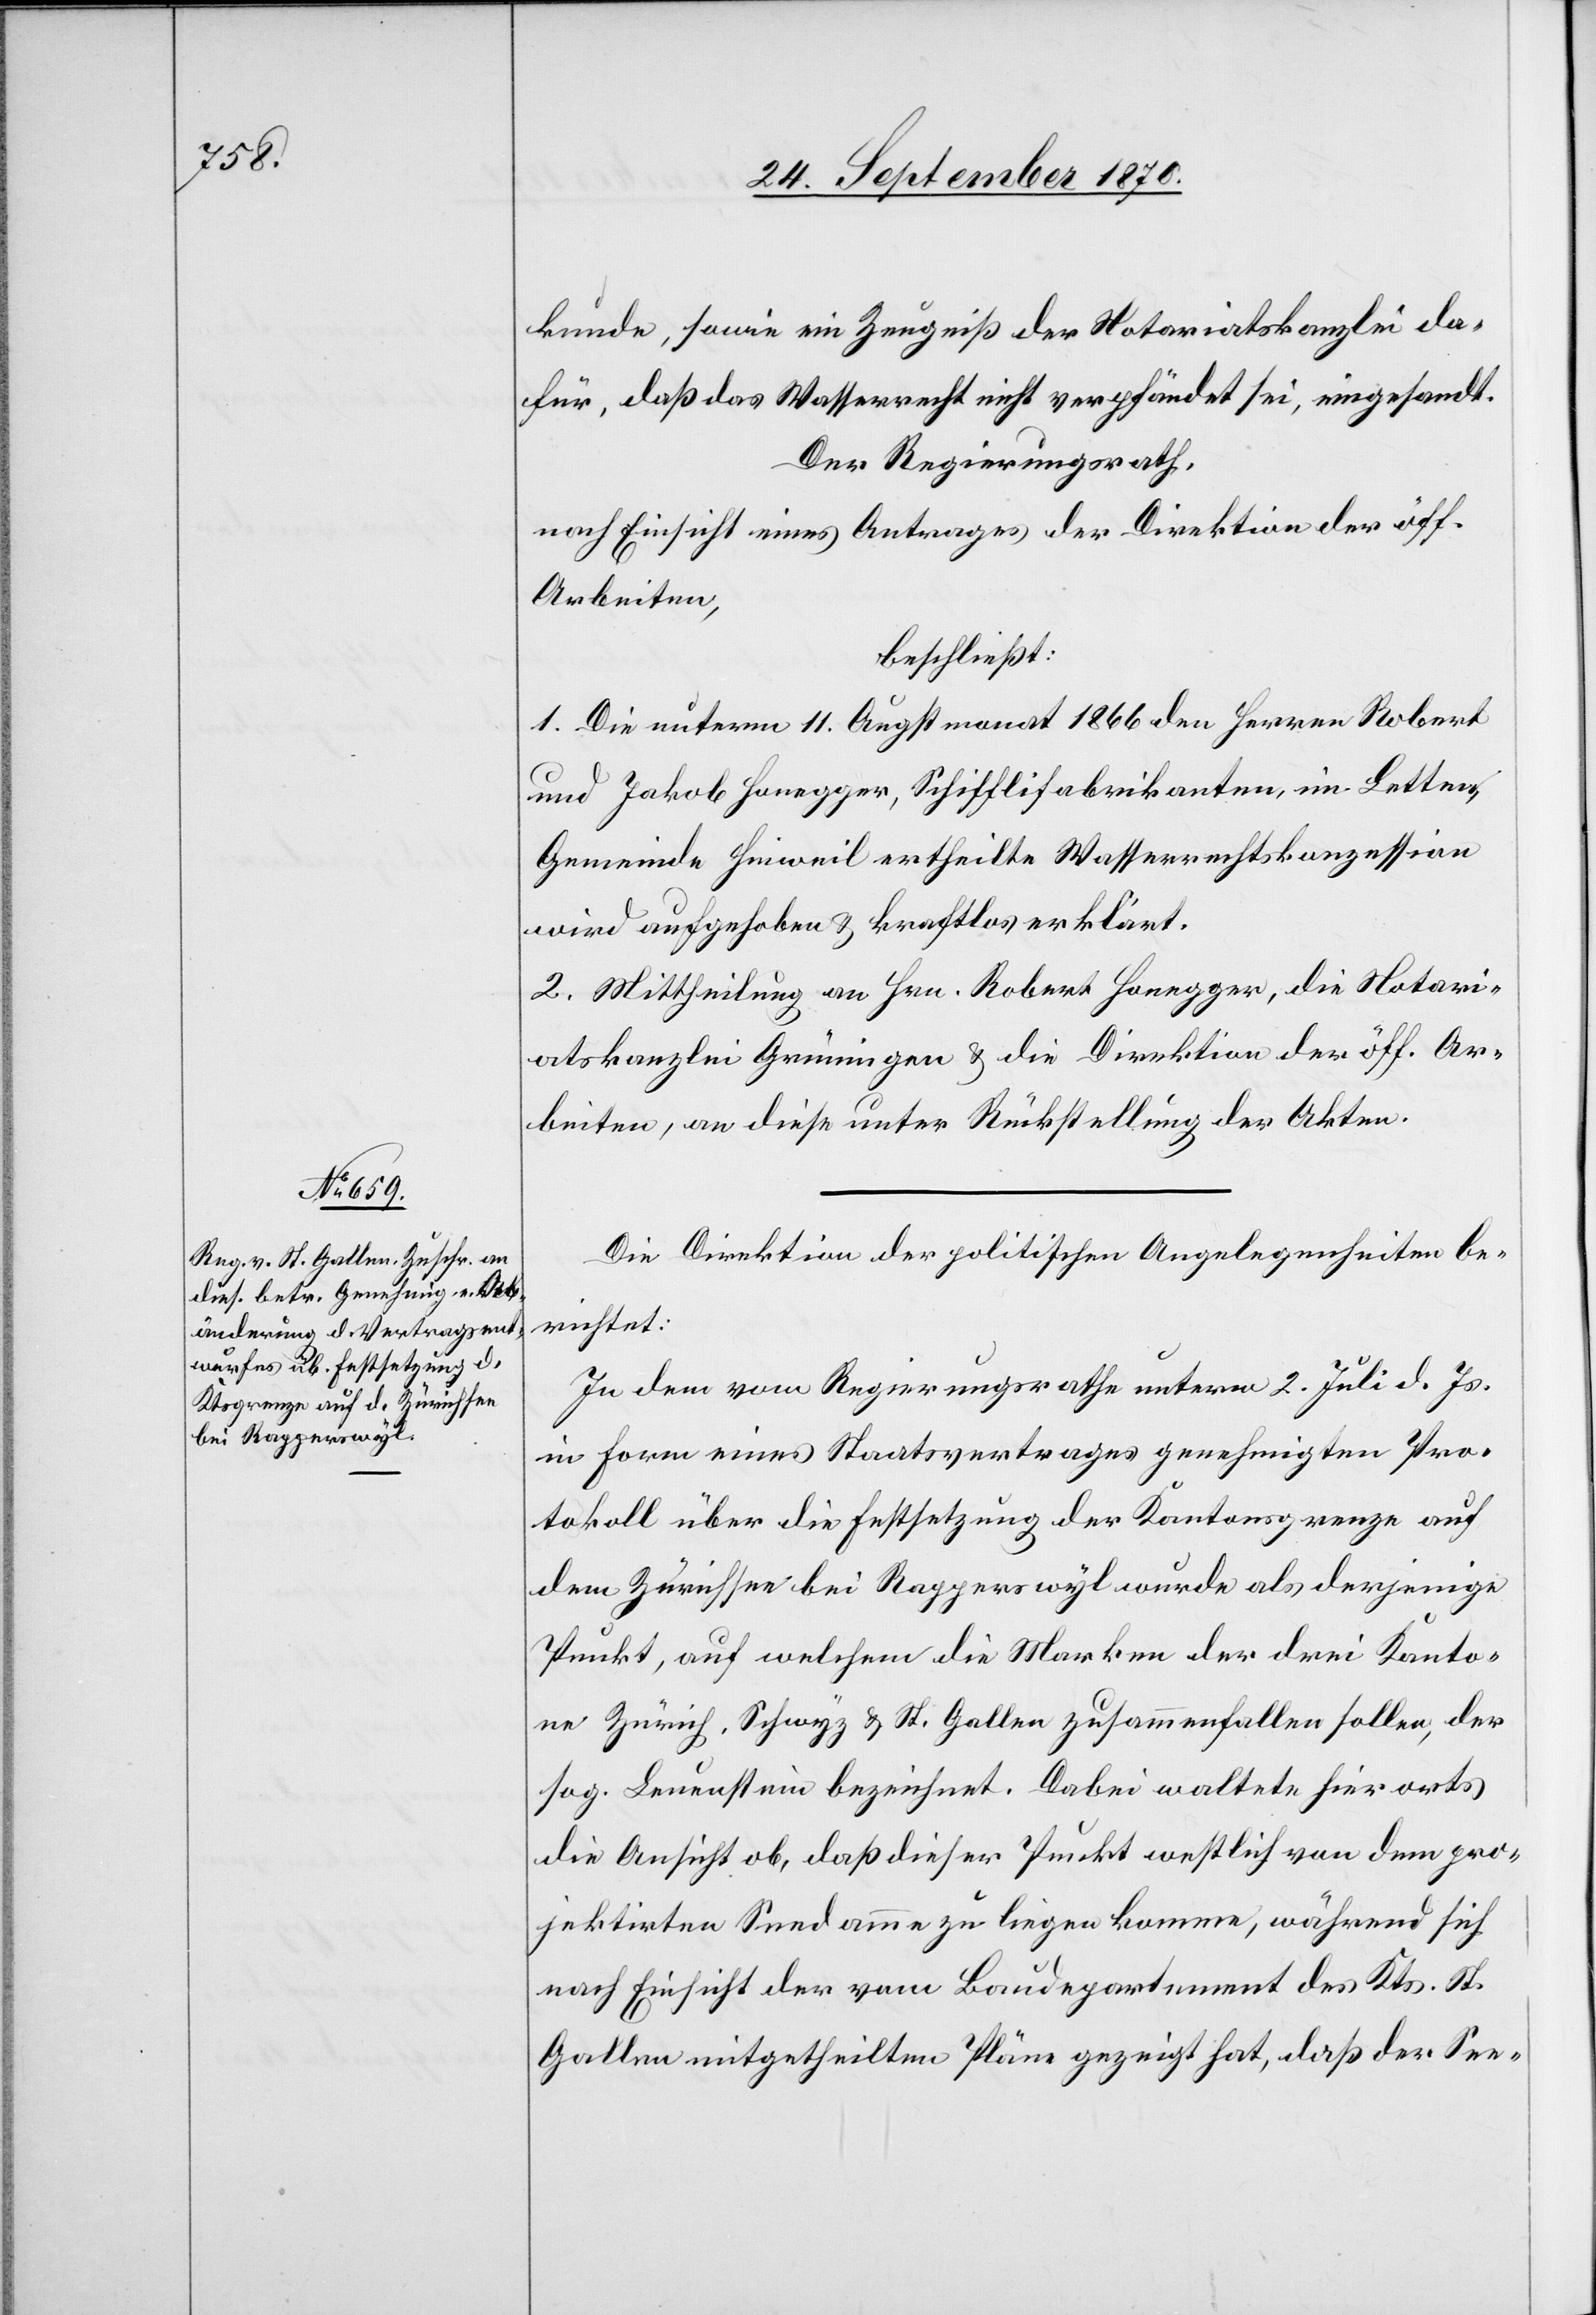
kunde, sowie ein Zeugniß der Notariatskanzlei da¬
für, daß das Wasserrecht nicht verpfändet sei, eingesandt.
Der Regierungsrath,
nach Einsicht eines Antrages der Direktion der öff.
Arbeiten,
beschließt:
1. Die unterm 11. Augstmonat 1866 den Herren Robert
und Jakob Honegger, Schifflifabrikanten, im Letten,
Gemeinde Hinweil ertheilte Wasserrechtskonzession
wird aufgehoben & kraftlos erklärt.
2. Mittheilung an Hrn. Robert Honegger, die Notari¬
atskanzlei Grüningen & die Direktion der öff. Ar¬
beiten, an diese unter Rückstellung der Akten.
Die Direktion der politischen Angelegenheiten be¬
richtet:
In dem vom Regierungsrathe unterm 2. Juli d. Js.
in Form eines Staatsvertrages genehmigten Pro¬
tokoll über die Festsetzung der Kantonsgrenze auf
dem Zürichsee bei Rapperswyl wurde als derjenige
Punkt, auf welchem die Marken der drei Kanto¬
ne Zürich, Schwyz & St. Gallen zusammenfallen sollen, der
sog. Leuenstein bezeichnet. Dabei waltete hierorts
die Ansicht ob, daß dieser Punkt westlich von dem pro¬
jektirten Seedamme zu liegen komme, während sich
nach Einsicht der vom Baudepartement des Kts. St.
Gallen mitgetheilten Pläne gezeigt hat, daß der See-